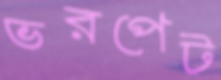
ভরপেট